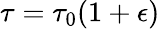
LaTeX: \tau=\tau_{0}(1+\epsilon)